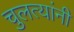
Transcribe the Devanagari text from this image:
चुलत्यांनी